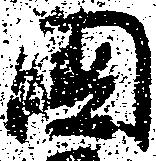
国